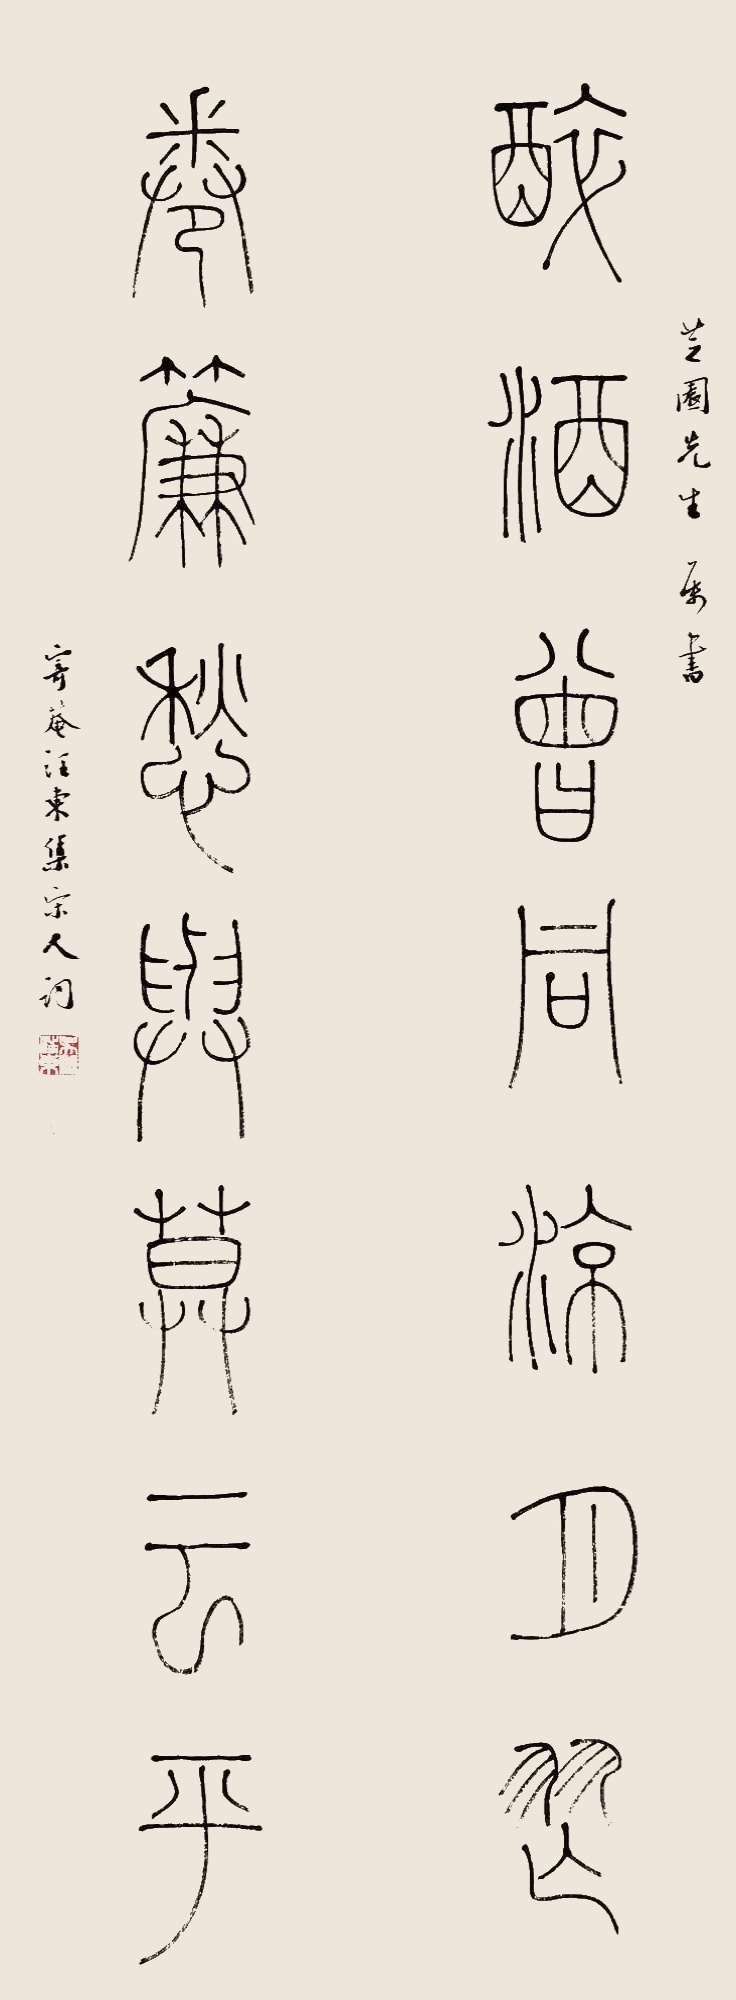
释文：醉酒曾同凉月舞，卷帘愁与暮云平。芝园先生属书，寄庵汪东集宋人词。